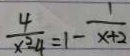
\frac { 4 } { x ^ { 2 } - 4 } = 1 - \frac { 1 } { x + 2 }